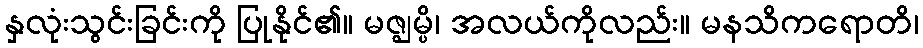
နှလုံးသွင်းခြင်းကို ပြုနိုင်၏။ မဇ္ဈမ္ပိ၊ အလယ်ကိုလည်း။ မနသိကရောတိ၊